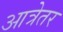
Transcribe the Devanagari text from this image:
आत्रेतर